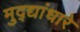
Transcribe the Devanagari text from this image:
मुद्द्यांधारे